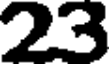
23